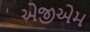
એજીએમ